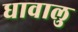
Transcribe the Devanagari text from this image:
धावालु